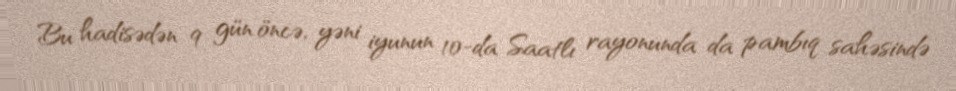
Bu hadisədən 9 gün öncə, yəni iyunun 10-da Saatlı rayonunda da pambıq sahəsində